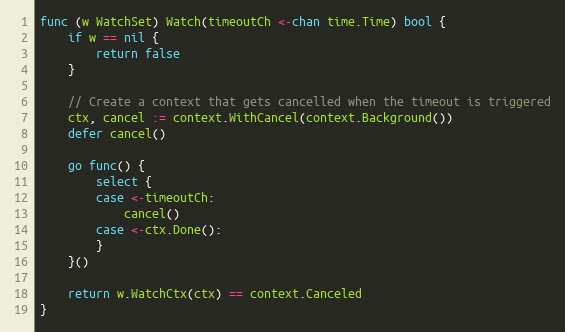
Language: Go
func (w WatchSet) Watch(timeoutCh <-chan time.Time) bool {
	if w == nil {
		return false
	}

	// Create a context that gets cancelled when the timeout is triggered
	ctx, cancel := context.WithCancel(context.Background())
	defer cancel()

	go func() {
		select {
		case <-timeoutCh:
			cancel()
		case <-ctx.Done():
		}
	}()

	return w.WatchCtx(ctx) == context.Canceled
}